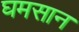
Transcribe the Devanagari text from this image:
घमसान